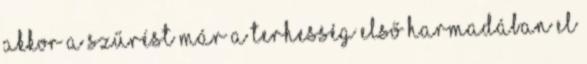
akkor a szűrést már a terhesség első harmadában el